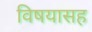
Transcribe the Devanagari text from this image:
विषयासह